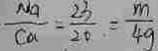
\frac { M a } { C a } = \frac { 2 3 } { 2 0 } = \frac { m } { 4 g }